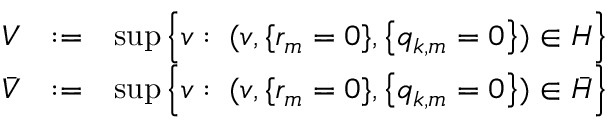
\begin{array} { r l r } { V } & { : = } & { \operatorname* { s u p } \Big \{ v : \; ( v , \{ r _ { m } = 0 \} , \big \{ \mathfrak { q } _ { k , m } = 0 \big \} ) \in H \Big \} } \\ { \bar { V } } & { : = } & { \operatorname* { s u p } \Big \{ v : \; ( v , \{ r _ { m } = 0 \} , \big \{ \mathfrak { q } _ { k , m } = 0 \big \} ) \in \bar { H } \Big \} } \end{array}